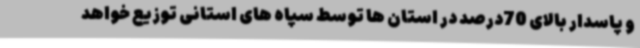
و پاسدار بالای 70درصد در استان ها توسط سپاه های استانی توزیع خواهد